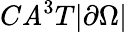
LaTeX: C\mathit{A}^{3}T|\partial\Omega|